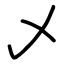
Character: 乄